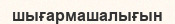
шығармашалығын